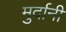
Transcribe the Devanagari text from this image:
मुर्दानी